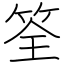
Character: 筌